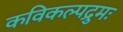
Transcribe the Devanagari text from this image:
कविकल्पद्रुमः